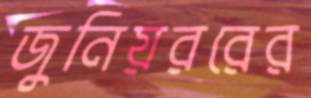
জুনিয়ররের